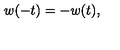
w ( - t ) = - w ( t ) ,